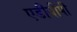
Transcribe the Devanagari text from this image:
एडीबीपी